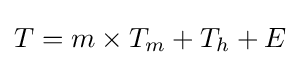
T=m\times T_{m}+T_{h}+E